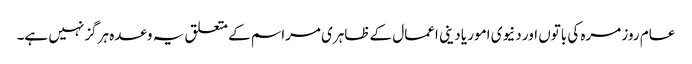
عام روز مرہ کی باتوں اور دنیوی امور یا دینی اعمال کے ظاہری مراسم کے متعلق یہ وعدہ ہرگز نہیں ہے۔